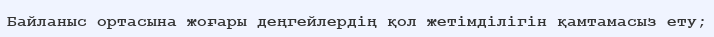
Байланыс ортасына жоғары деңгейлердің қол жетімділігін қамтамасыз ету;